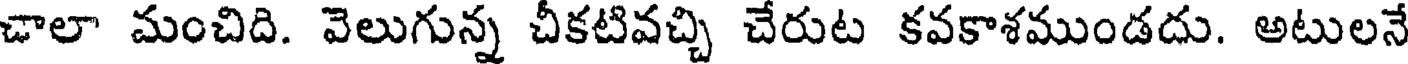
చాలా మంచిది. వెలుగున్న చీకటివచ్చి చేరుట కవకాశముండదు. అటులనే